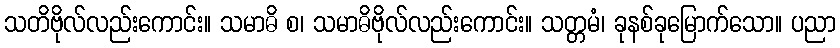
သတိဗိုလ်လည်းကောင်း။ သမာဓိ စ၊ သမာဓိဗိုလ်လည်းကောင်း။ သတ္တမံ၊ ခုနစ်ခုမြောက်သော။ ပညာ